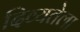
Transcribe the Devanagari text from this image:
दिव्यतेला